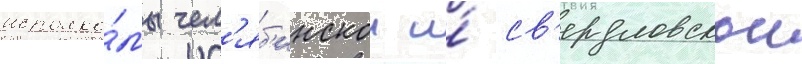
исполко́мы чел'яб'инскои и́ св'ердловскои